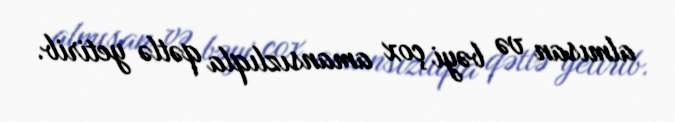
almısan və bəyi çox amansızlıqla qətlə yetirib.